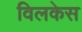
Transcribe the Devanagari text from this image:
विलकेस